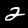
Digit: 2